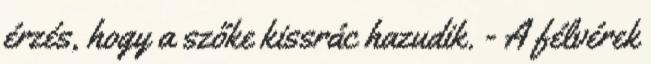
érzés, hogy a szőke kissrác hazudik. - A félvérek